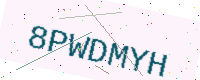
Text: 8PWDMYH